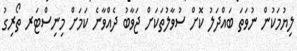
ލިޔުމަކުން ނުވަތަ ބައްދަލު ކޮށް ސުވާލުތަކަށް ޖަވާބު ދެއްވާނެ ކަމަށް މިނިސްޓަރ ތޯރިގު